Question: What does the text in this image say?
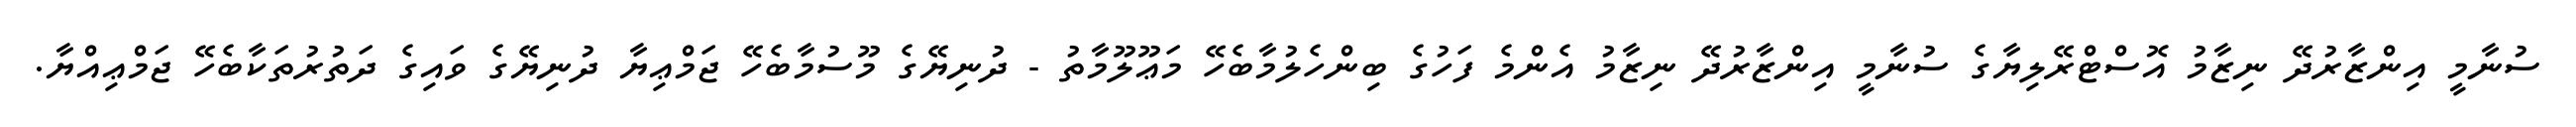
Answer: ސުނާމީ އިންޒާރުދޭ ނިޒާމު އޮސްޓްރޭލިޔާގެ ސުނާމީ އިންޒާރުދޭ ނިޒާމު އެންމެ ފަހުގެ ބިންހެލުމާބެހޭ މަޢޫލޫމާތު - ދުނިޔޭގެ މޫސުމާބެހޭ ޖަމްޢިޔާ ދުނިޔޭގެ ވައިގެ ދަތުރުތަކާބެހޭ ޖަމްޢިއްޔާ.